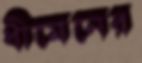
ধীমেনের